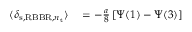
\begin{array} { r l } { \langle \delta _ { \mathrm { s } , \mathrm { R B B R } , n _ { \mathrm { t } } } \rangle } & { { } = - \frac { a } { 8 } \left[ \Psi ( 1 ) - \Psi ( 3 ) \right] } \end{array}